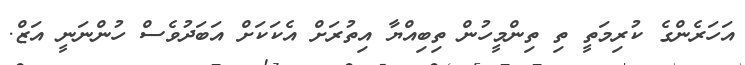
އަހަރެންގެ ކުރިމަތީ ތި ތިންމީހުން ތިބިއްޔާ އިތުރަށް އެކަކަށް އަބަދުވެސް ހުންނަނީ އަޒް.